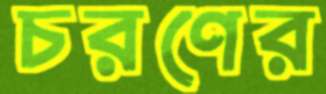
চরণের